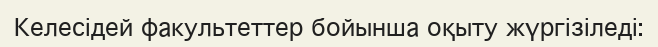
Келесідей факультеттер бойынша оқыту жүргізіледі: